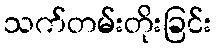
သက်တမ်းတိုးခြင်း